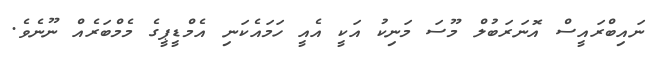
ނައިބްރައީސް އޮނަަރަބުލް މޫސަ މަނިކު އަކީ އެއީ ހަމައެކަނި އެމްޑީޕީގެ މެމްބަރެއް ނޫނެވެ.